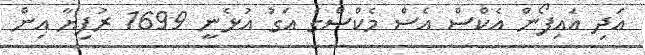
އަދި އައިފޯން އެކްސް އެސް މެކްސްގެ އަގު އުޅެނީ 1699 ރުފިޔާ އިން